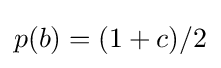
p(b)=(1+c)/2